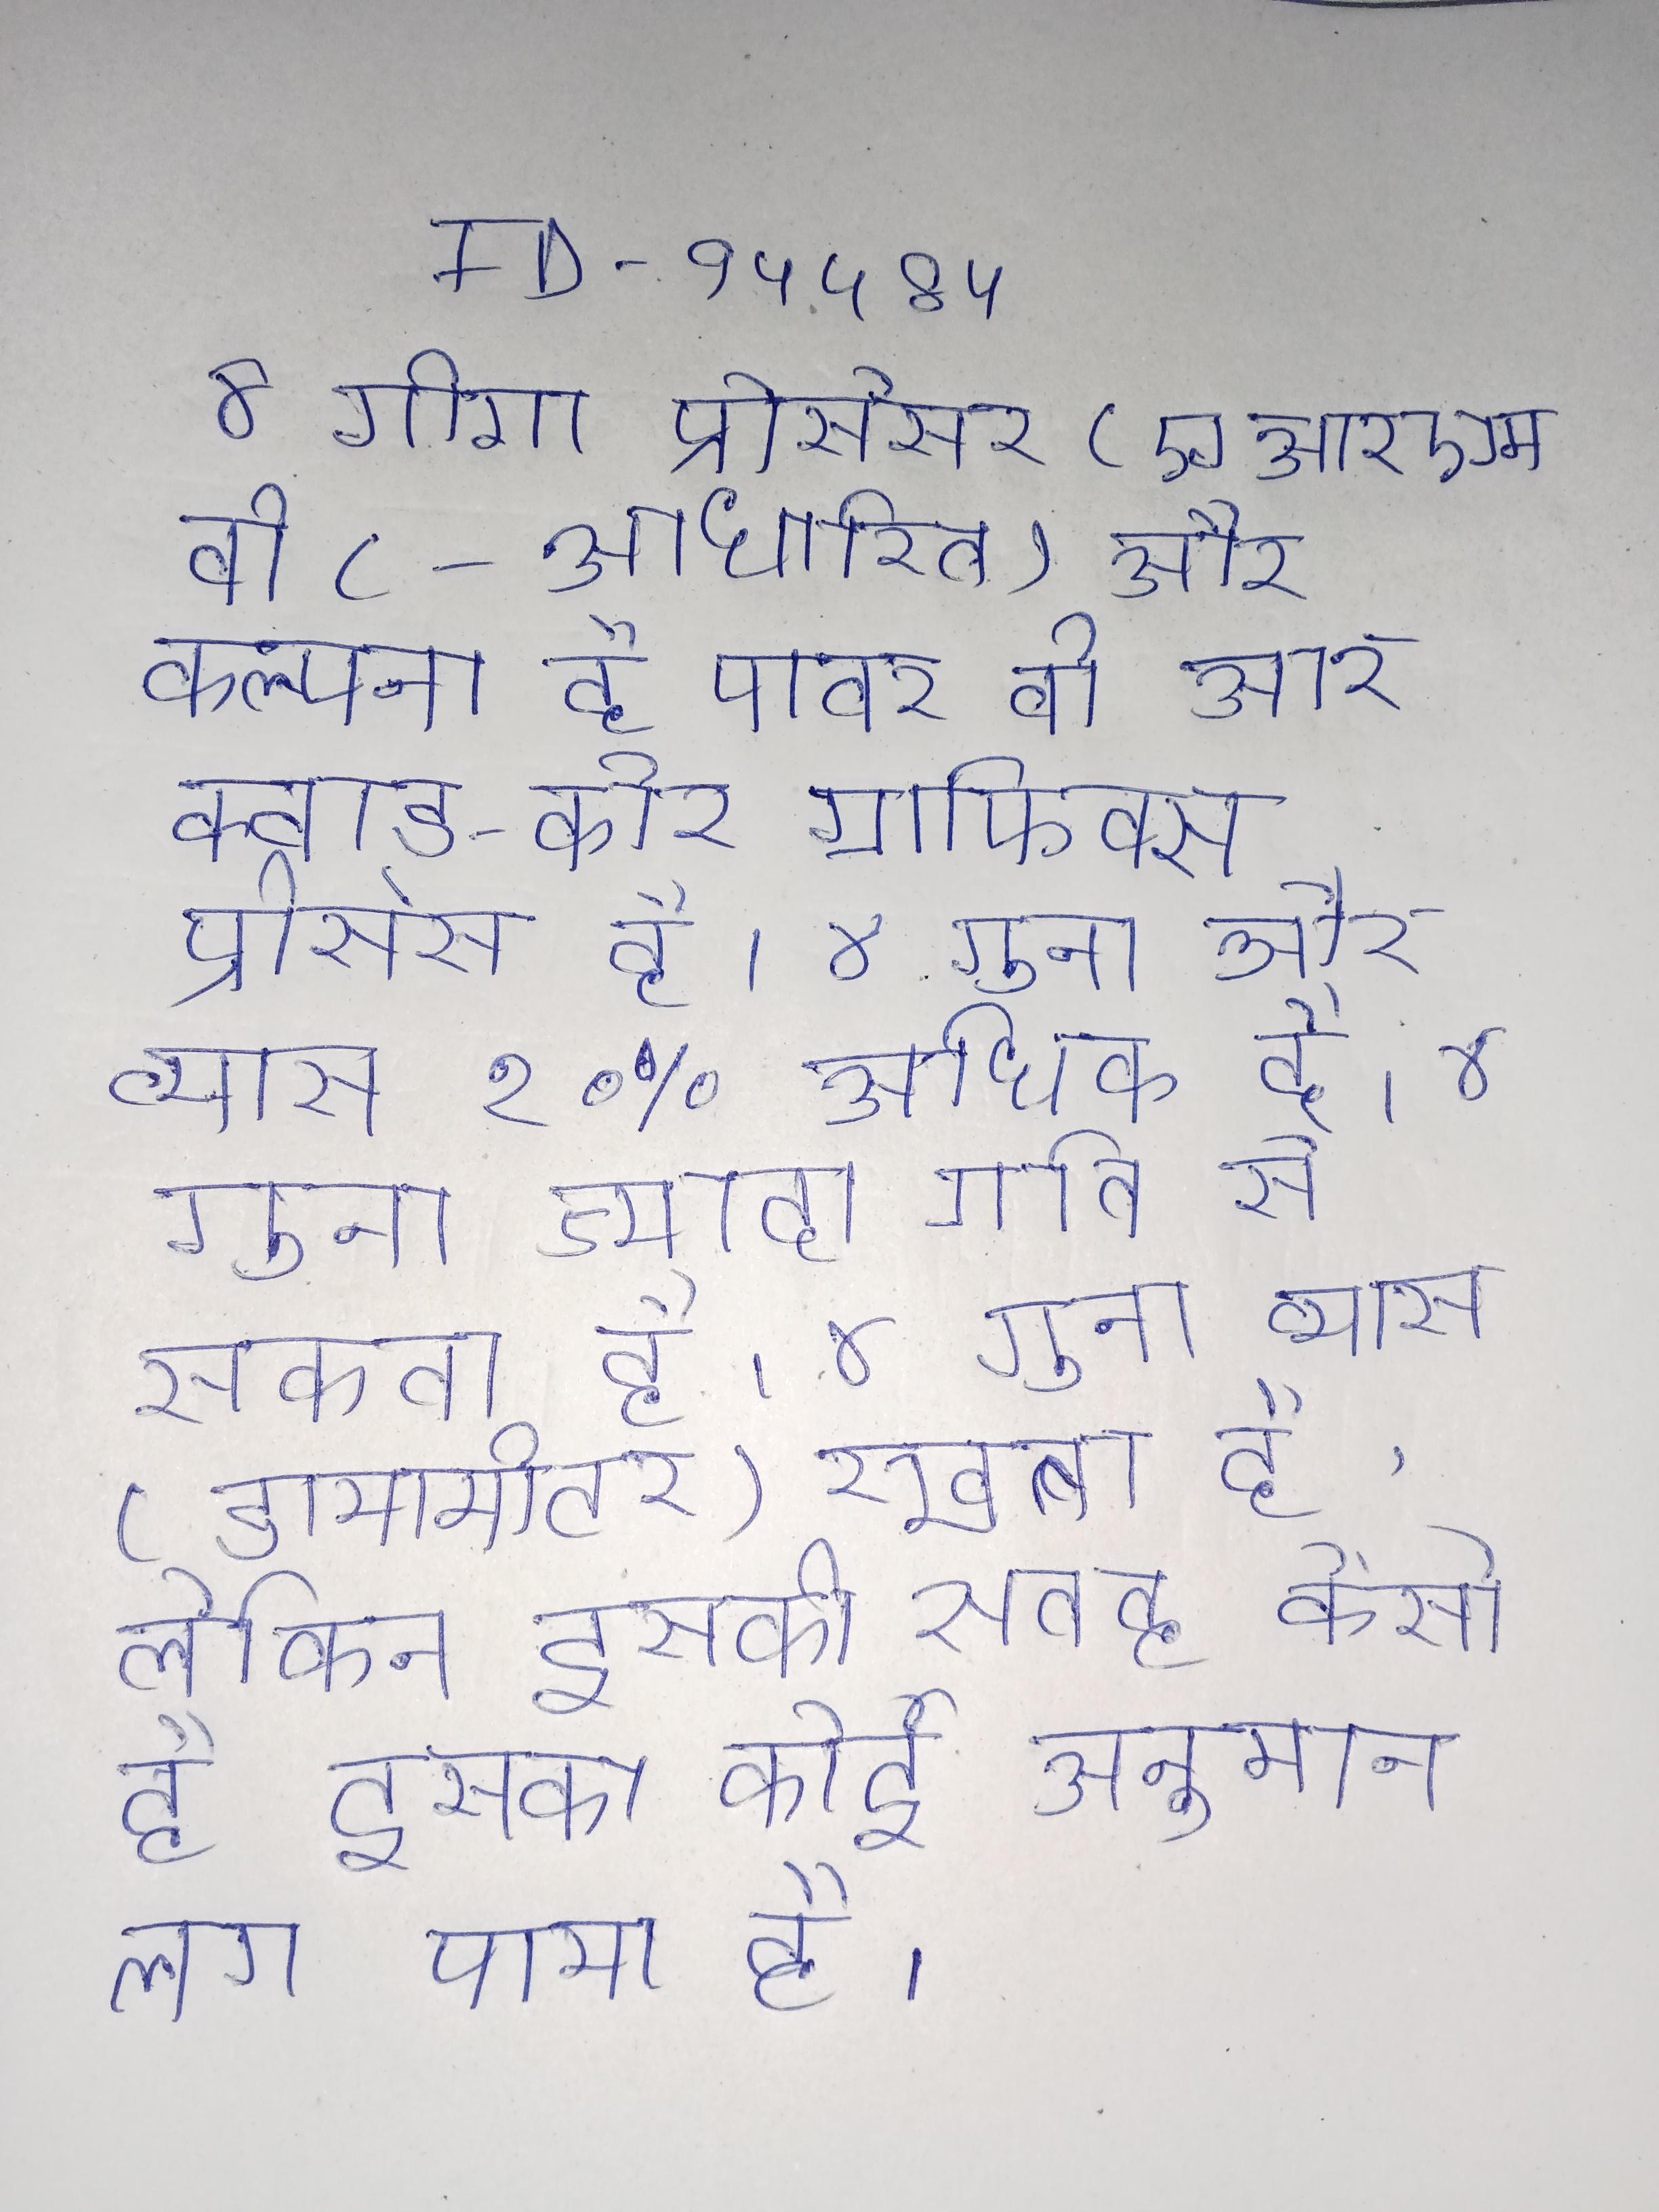
४ गीगा प्रोसेसर (एआरएम वी ८-आधारित) और कल्पना है पावर वी आर क्वाड-कोर ग्राफिक्स प्रोसेसर है । ४ गुना और व्यास १०% अधिक है । ४ गुना ज्यादा गति से सकता है । ४ गुना व्यास (डायामीटर) रखता है, लेकिन इसकी सतह कैसी है इसका कोई अनुमान लग पाया है ।